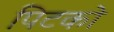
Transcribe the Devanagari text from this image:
पिटको